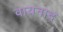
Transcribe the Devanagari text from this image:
वायनाद